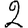
Digit: 2